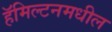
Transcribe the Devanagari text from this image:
हॅमिल्टनमधील